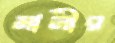
মানীর